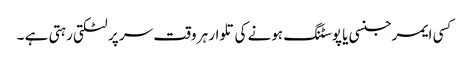
کسی ایمرجنسی یا پوسٹنگ ہونے کی تلوار ہر وقت سر پر لٹکتی رہتی ہے ۔